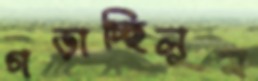
গড়াচ্ছিলুম